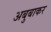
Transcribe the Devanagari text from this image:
अबुबाकर